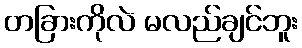
တခြားကိုလဲ မလည်ချင်ဘူး